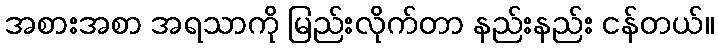
အစားအစာ အရသာကို မြည်းလိုက်တာ နည်းနည်း ငန်တယ်။